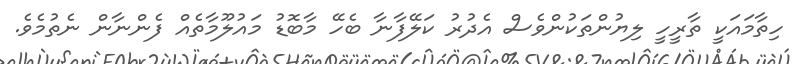
ހިތާމައަކީ ތާރީހީ ލިޔުންތަކުންވެސް އެދުރު ކަލޭފާނާ ބެހޭ މާބޮޑު މައުލޫމާތެއް ފެންނާން ނެތުމެވެ.